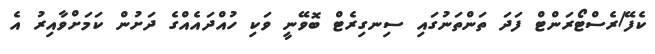
ކެފޭ/ރެސްޓޯރަންޓް ފަދަ ތަންތަނުގައި ސިނގިރެޓް ބޮވޭނީ ވަކި ހުއްދައެއްގެ ދަށުން ކަމަށްވާއިރު އެ